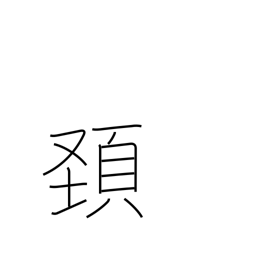
Meaning: head